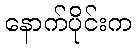
နောက်ပိုင်းက